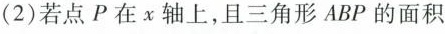
(2)若点P在x轴上，且三角形ABP的面积